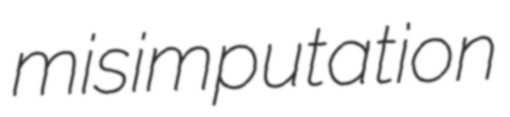
misimputation